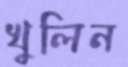
খুলিন